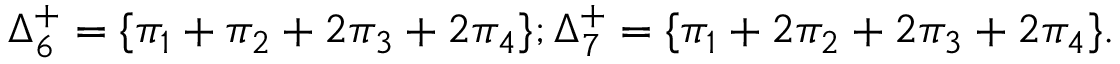
\Delta _ { 6 } ^ { + } = \{ \pi _ { 1 } + \pi _ { 2 } + 2 \pi _ { 3 } + 2 \pi _ { 4 } \} ; \Delta _ { 7 } ^ { + } = \{ \pi _ { 1 } + 2 \pi _ { 2 } + 2 \pi _ { 3 } + 2 \pi _ { 4 } \} .